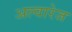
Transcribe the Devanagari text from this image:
अल्वारेज